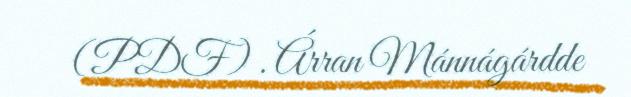
(PDF) . Árran Mánnágárdde